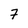
Character: 7